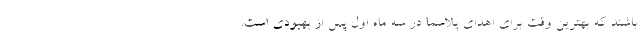
باشند که بهترین وقت برای اهدای پلاسما در سه ماه اول پس از بهبودی است.